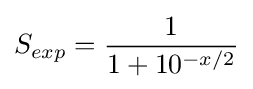
S_{exp}={\frac {1}{1+10^{-x/2}}}